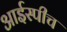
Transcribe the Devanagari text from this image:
आईस्पीच